Leaving Certificate Examination (including Day School Certificate (Higher) General paper), 1928
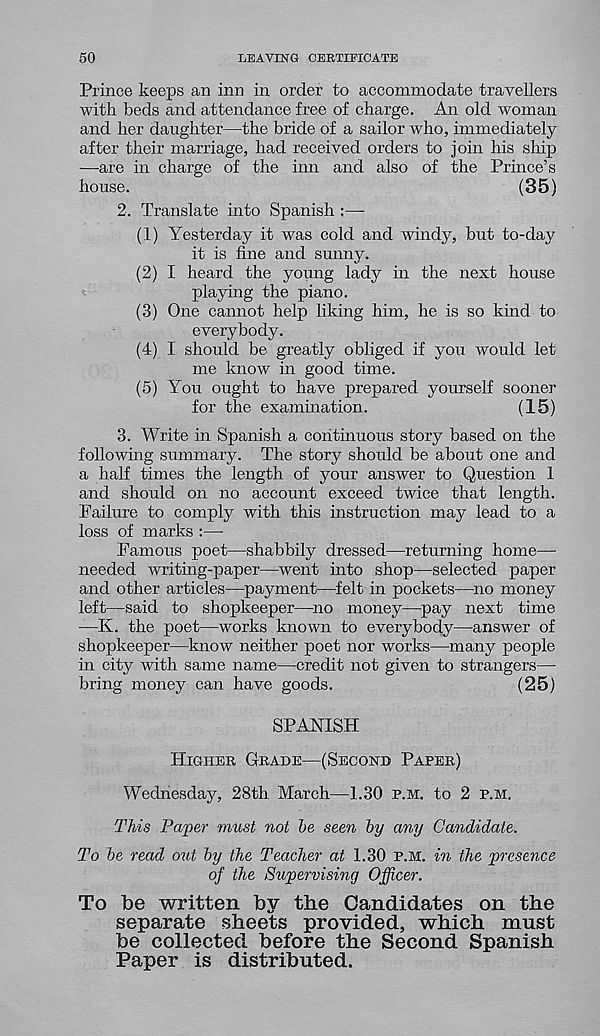
50
LEAVING CERTIFICATE
Prince keeps an inn in order to accommodate travellers
with beds and attendance free of charge. An old woman
and her daughter—the bride of a sailor who, immediately
after their marriage, had received orders to join his ship
—are in charge of the inn and also of the Prince’s
house.
(35)
2. Translate into Spanish :—-
(1) Yesterday it was cold and windy, but to-day
it is fine and sunny.
(2) I heard the young lady in the next house
playing the piano.
(3) One cannot help liking him, he is so kind to
everybody.
(4) I should be greatly obliged if you would let
me know in good time.
(5) You ought to have prepared yourself sooner
for the examination.
(15)
3. Write in Spanish a continuous story based on the
following summary. The story should be about one and
a half times the length of your answer to Question 1
and should on no account exceed twice that length.
Failure to comply with this instruction may lead to a
loss of marks :—
Famous poet—shabbily dressed—returning home—
needed writing-paper—went into shop—selected paper
and other articles—payment—felt in pockets—no money
left—said to shopkeeper—no money—-pay next time
-—K. the poet—works known to everybody—answer of
shopkeeper—know neither poet nor works—many people
in city with same name—credit not given to strangers—-
bring money can have goods.
(25)
SPANISH
Higher Grade—(Second Paper)
Wednesday, 28th March—1.30 p.m. to 2 p.m.
This Paper must not be seen by any Candidate.
To be read out by the Teacher at 1.30 p.m. in the presence
of the Supervising Officer.
To be written by the Candidates on the
separate sheets provided, which must
be collected before the Second Spanish
Paper is distributed.